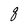
Character: q